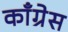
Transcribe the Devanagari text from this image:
काॅंग्रेस